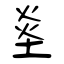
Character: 烾